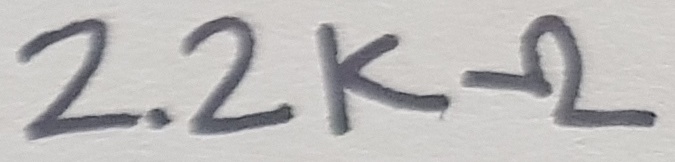
Text: 2.2KΩ